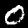
Label: 0